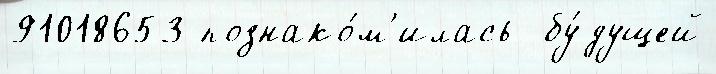
91018653 познако́м'илась  бу́дущей